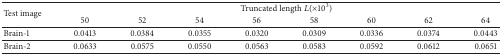
<table><thead><tr><td rowspan="2"><b>Test image </b></td><td colspan="8"><b> Truncated length <i>L</i>(×10<sup>3</sup>)</b></td></tr><tr><td><b> 50 </b></td><td><b> 52 </b></td><td><b> 54 </b></td><td><b> 56 </b></td><td><b> 58 </b></td><td><b> 60 </b></td><td><b> 62 </b></td><td><b> 64 </b></td></tr></thead><tbody><tr><td>Brain-1</td><td> 0.0413 </td><td> 0.0384 </td><td> 0.0355 </td><td> 0.0320 </td><td> 0.0309 </td><td> 0.0336 </td><td> 0.0374 </td><td> 0.0443 </td></tr><tr><td>Brain-2 </td><td> 0.0633 </td><td> 0.0575 </td><td> 0.0550 </td><td> 0.0563 </td><td> 0.0583 </td><td> 0.0592 </td><td> 0.0612 </td><td> 0.0651 </td></tr></tbody></table>